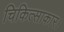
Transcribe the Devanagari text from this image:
चिकित्साकार।